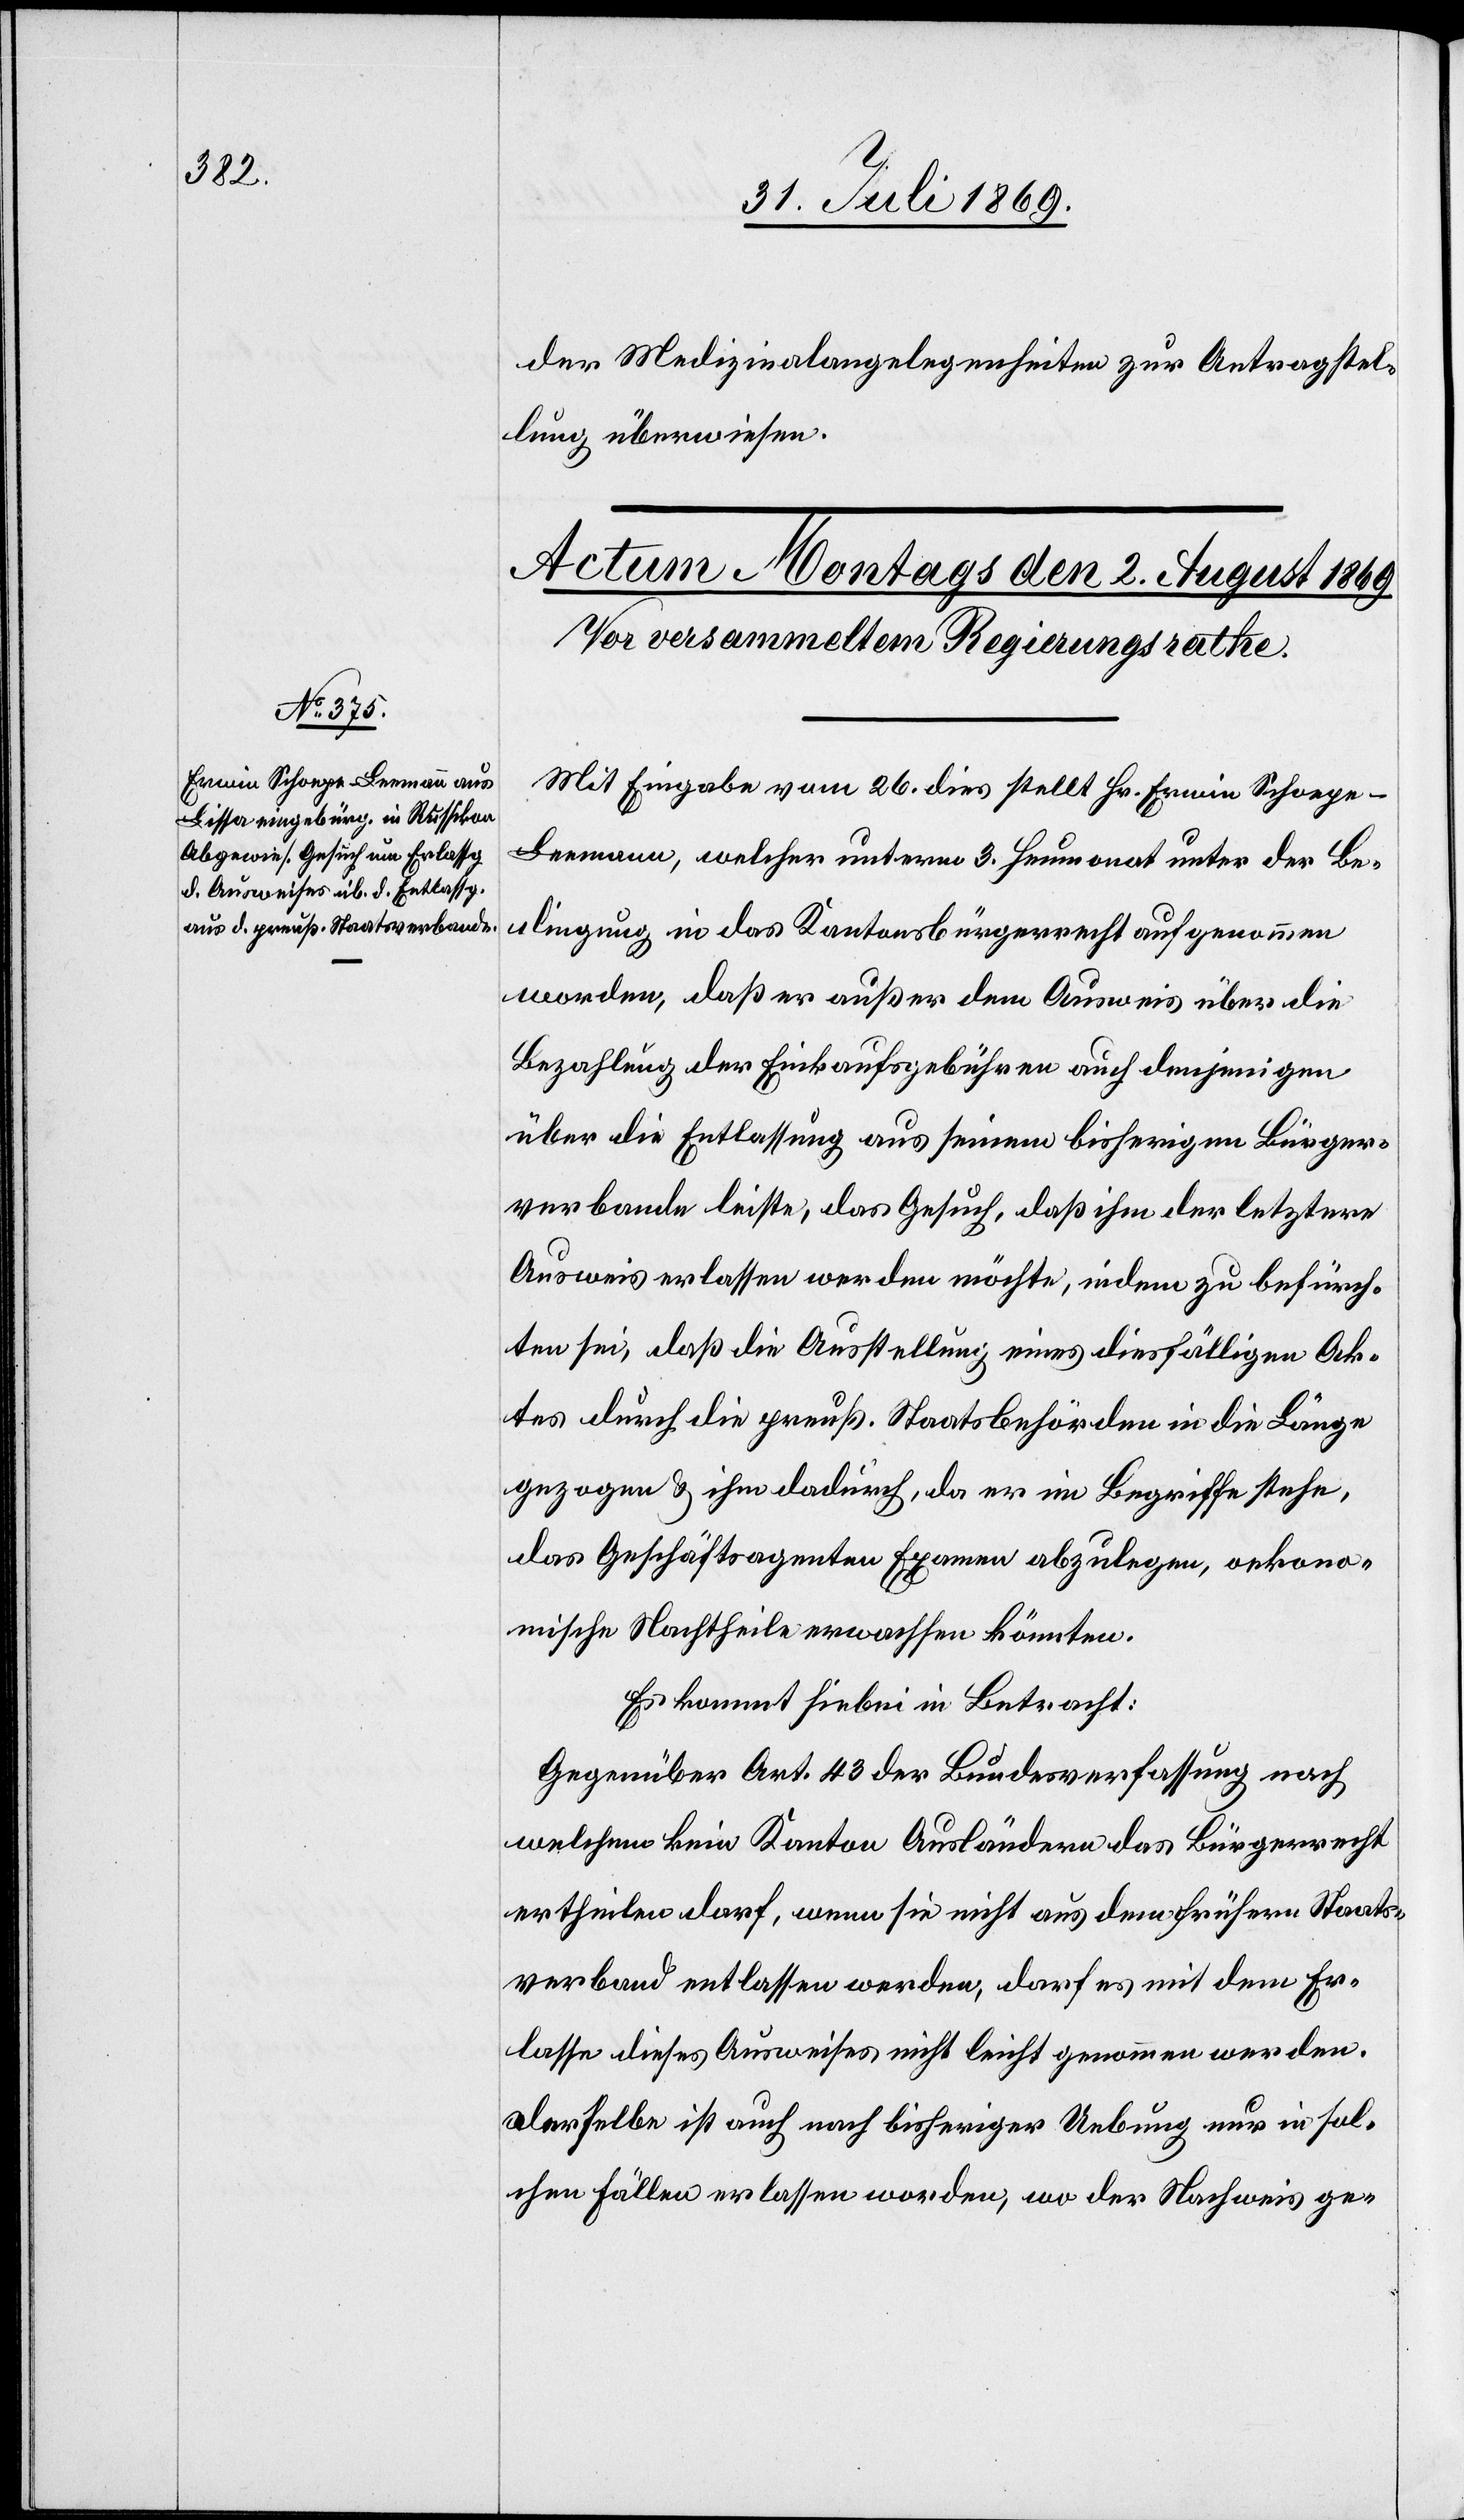
der Medizinalangelegenheiten zur Antragstel¬
lung überwiesen.
Mit Eingabe vom 26. dies stellt Hr. Erwin Schoege-L¬
eemann, welcher unterm 3. Heumonat unter der Be¬
dingung in das Kantonsbürgerrecht aufgenommen
worden, daß er außer dem Ausweis über die
Bezahlung der Einkaufsgebühren auch denjenigen
über die Entlassung aus seinem bisherigen Bürger¬
verbande leiste, das Gesuch, daß ihm der letztere
Ausweis erlassen werden möchte, indem zu befürch¬
ten sei, daß die Ausstellung eines diesfälligen Ak¬
tes durch die preuß. Staatsbehörden in die Länge
gezogen & ihm dadurch, da er im Begriffe stehe,
das Geschäftsagenten Examen abzulegen, oekono¬
mische Nachtheile erwachsen könnten.
Es kommt hiebei in Betracht:
Gegenüber Art. 43 der Bundesverfassung nach
welchem kein Kanton Ausländern das Bürgerrecht
ertheilen darf, wenn sie nicht aus dem frühern Staats¬
verband entlassen werden, darf es mit dem Er¬
lasse dieses Ausweises nicht leicht genommen werden.
Derselbe ist auch nach bisheriger Uebung nur in sol¬
chen Fällen erlassen worden, wo der Nachweis ge-